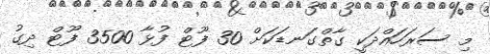
މި ސަރަހައްދަކީ ގާތްގަނޑަކަށް 30 ފޫޓް ފުޅާ 3500 ފޫޓް ދިގު